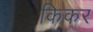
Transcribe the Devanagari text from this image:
किकर